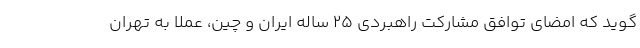
گوید که امضای توافق مشارکت راهبردی 25 ساله ایران و چین، عملا به تهران